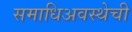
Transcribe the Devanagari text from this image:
समाधिअवस्थेची